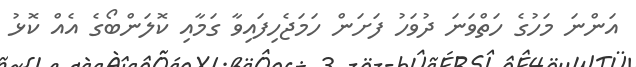
އަންނަ މަހުގެ ހަތްވަނަ ދުވަހު ފަށަން ހަމަޖެހިފައިވާ ގަމާއި ކޮލަންބޯގެ އެއް ކޮޅު